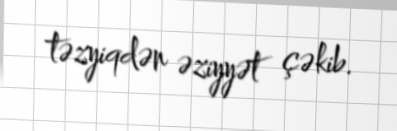
təzyiqdən əziyyət çəkib.